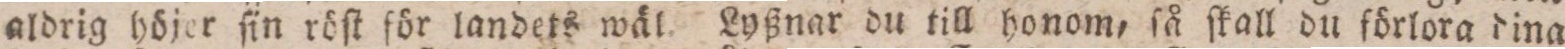
aldrig höjer ſin röſt för landets wäl. Lyßnar du till honom, ſå ſkall du förlora dina